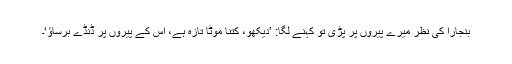
بنجارا کی نظر میرے پیروں پر پڑی تو کہنے لگا: ’دیکھو، کتنا موٹا تازہ ہے، اس کے پیروں پر ڈنڈے برساﺅ‘۔